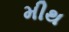
મીથ